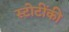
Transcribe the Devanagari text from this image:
स्टोटींकी